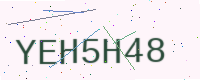
Text: YEH5H48